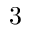
3